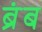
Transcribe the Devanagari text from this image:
ब्रंब